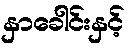
နှာခေါင်းနှင့်